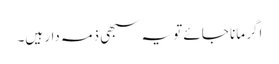
اگر مانا جائے تو یہ سبھی ذمہ دار ہیں۔